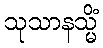
သုသာနသ္မိံ